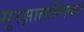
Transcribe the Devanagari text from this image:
सुरक्षातालिका